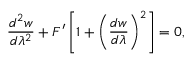
\frac { d ^ { 2 } w } { d \lambda ^ { 2 } } + F ^ { \prime } \left[ 1 + \left( \frac { d w } { d \lambda } \right) ^ { 2 } \right] = 0 ,